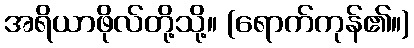
အရိယာဖိုလ်တို့သို့။ (ရောက်ကုန်၏။)